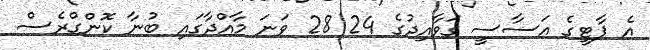
އެ ޕާޓީގެ އަސާސީ ގަވާއިދުގެ 24 28 ވަނަ މާއްދާގައި ބުނާ ކޮންގްރެސް